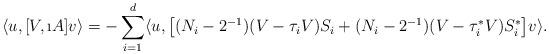
LaTeX: \begin{align*}\langle u,[V, \i A] v \rangle = - \sum _{i=1}^d \langle u, \big[(N_i -2^{-1})(V-\tau_iV)S_i + (N_i -2^{-1})(V-\tau_i^*V)S_i^*\big] v \rangle.\end{align*}